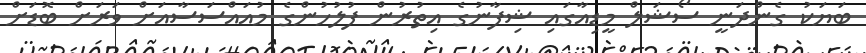
ބަޔަކު ގެންދަނީ ސޯޝަލް މީޑިއާގައި ޝިފާނުގެ އިތުރުން ފުލުހުންގެ މުއައްސަސާއަށް ވަރަށް ބޮޑަށް